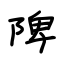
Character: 陴